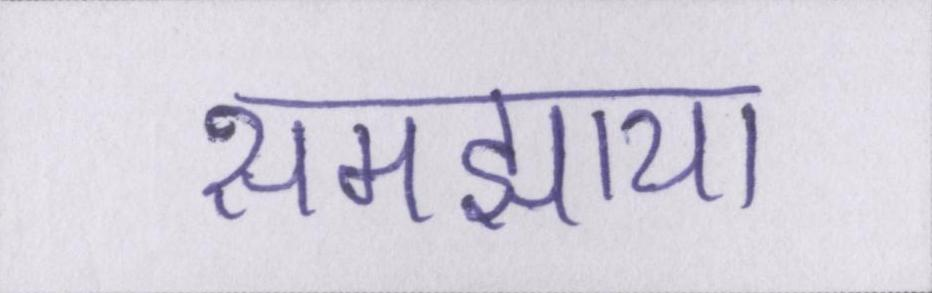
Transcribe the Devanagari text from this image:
समझाया